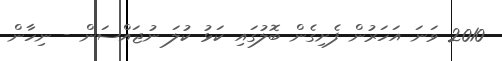
2010 ވަނަ އަހަރުން ފެށިގެން ބޮލުގައި ކަޅު ކުލަ ނުޖައްސަން - ނިހާން